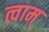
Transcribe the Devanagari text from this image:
त्वाम्